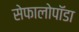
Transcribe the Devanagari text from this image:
सेफालोपॉडा